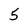
Character: 5